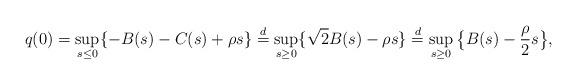
\begin{align*} q(0)=\sup_{s\leq0}\{-B(s)-C(s)+\rho s\}\stackrel{d}{=}\sup_{s\geq0}\{\sqrt{2}B(s)-\rho s\}\stackrel{d}{=}\sup_{s\geq0}\big\{B(s)-\frac{\rho}{2} s\big\},\end{align*}